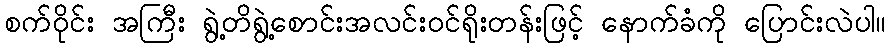
စက်ဝိုင်း အကြီး ရွဲ့တိရွဲ့စောင်းအလင်းဝင်ရိုးတန်းဖြင့် နောက်ခံကို ပြောင်းလဲပါ။